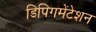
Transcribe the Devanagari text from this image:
डिपिगमेंटेशन